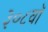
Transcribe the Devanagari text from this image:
३०८वॉ